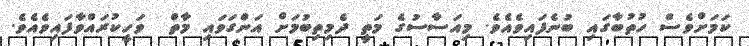
ކަމަށްވެސް ހުތުބާގައި ބުނެފައިވެއެވެ. މިއަސާސުގެ މަތީ ދެމިތިބުމަށް އަންގަވައި މާތް  ވަހީކުރައްވާފައިވެއެވެ.